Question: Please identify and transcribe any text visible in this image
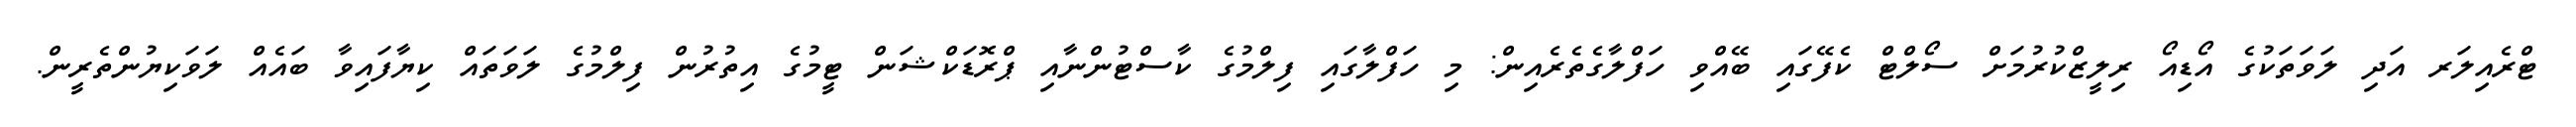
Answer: ޓްރެއިލަރ އަދި ލަވަތަކުގެ އޯޑިއޯ ރިލީޒްކުރުމަށް ސޯލްޓް ކެފޭގައި ބޭއްވި ހަފްލާގެތެރެއިން: މި ހަފްލާގައި ފިލްމުގެ ކާސްޓުންނާއި ޕްރޮޑަކްޝަން ޓީމުގެ އިތުރުން ފިލްމުގެ ލަވަތައް ކިޔާފައިވާ ބައެއް ލަވަކިޔުންތެރީން.